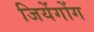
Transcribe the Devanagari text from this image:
जियेंगोंग